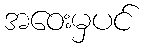
အဝေးမှပင်